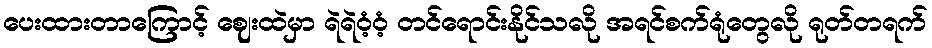
ပေးထားတာကြောင့် ဈေးထဲမှာ ရဲရဲဝံ့ဝံ့ တင်ရောင်းနိုင်သလို အရင်စက်ရုံတွေလို ရုတ်တရက်